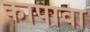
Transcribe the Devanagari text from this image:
कापावा